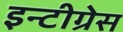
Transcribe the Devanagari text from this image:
इन्टीग्रेस